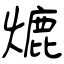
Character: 熝